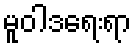
မူဝါဒရေးရာ